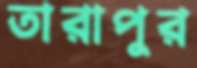
তারাপুর